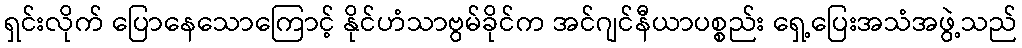
ရှင်းလိုက် ပြောနေသောကြောင့် နိုင်ဟံသာဗွမ်ခိုင်က အင်ဂျင်နီယာပစ္စည်း ရှေ့ပြေးအသံအဖွဲ့သည်